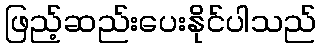
ဖြည့်ဆည်းပေးနိုင်ပါသည်